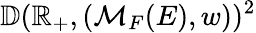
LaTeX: \mathbb{D}(\mathbb{R}_{+},(\mathcal{M}_{F}(E),w))^{2}